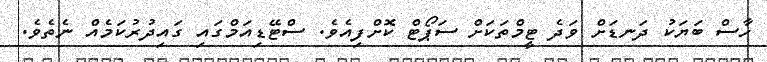
ހާސް ބަޔަކު ދަނޑަށް ވަދެ ޓީމްތަކަށް ސަޕޯޓް ކޮށްފިއެވެ. ސްޓޭޑިއަމްގައި ގައިދުރުކަމެއް ނެތެވެ.